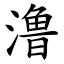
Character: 澛